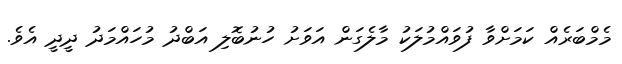
މެމްބަރެއް ކަމަށްވާ ފުވައްމުލަކު މާލެގަން އަވަށު ހުނުބޮލި އަބްދު މުހައްމަދު ދީދީ އެވެ.